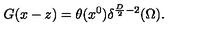
G ( x - z ) = \theta ( x ^ { 0 } ) \delta ^ { { \frac { D } { 2 } } - 2 } ( \Omega ) .